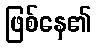
ဖြစ်နေ၏